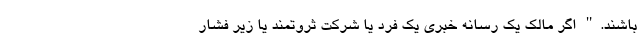
باشند." اگر مالک یک رسانه خبری یک فرد یا شرکت ثروتمند یا زیر فشار